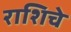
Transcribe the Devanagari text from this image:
राशिचे